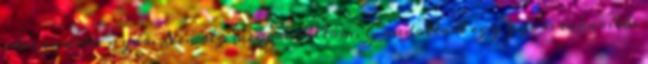
idei indián nyár. Nemrég megpróbáltam. Gondoltam egy gyors takarítás